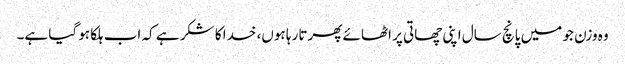
وہ وزن جو میں پانچ سال اپنی چھاتی پر اٹھائے پھرتا رہا ہوں، خدا کا شکر ہے کہ اب ہلکا ہو گیا ہے۔